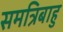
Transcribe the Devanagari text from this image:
समत्रिबाहु